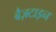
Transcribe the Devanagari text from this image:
बैज़टाइन